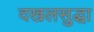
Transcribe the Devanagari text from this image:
दखलसुद्धा